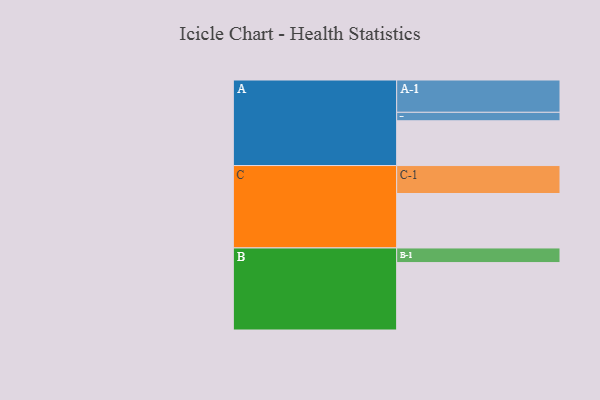
{"axis": {"x": "Segment", "y": "Value"}, "legend": ["", "A", "B", "C"], "data": [{"x": "A", "y": 370, "type": ""}, {"x": "B", "y": 557, "type": ""}, {"x": "C", "y": 450, "type": ""}, {"x": "A-1", "y": 267, "type": "A"}, {"x": "A-2", "y": 70, "type": "A"}, {"x": "B-1", "y": 121, "type": "B"}, {"x": "C-1", "y": 231, "type": "C"}]}